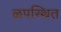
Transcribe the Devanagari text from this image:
ळपस्थित